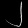
Digit: ၂